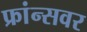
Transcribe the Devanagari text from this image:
फ्रांन्सवर